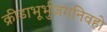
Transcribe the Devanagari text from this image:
क्रीडाभूर्भुजगनिवहो